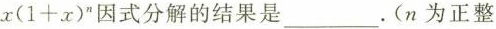
$$x(1+x)^{n}$$因式分解的结果是___.(n为正整